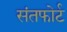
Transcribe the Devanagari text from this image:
संतफोर्ट